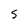
Character: 5